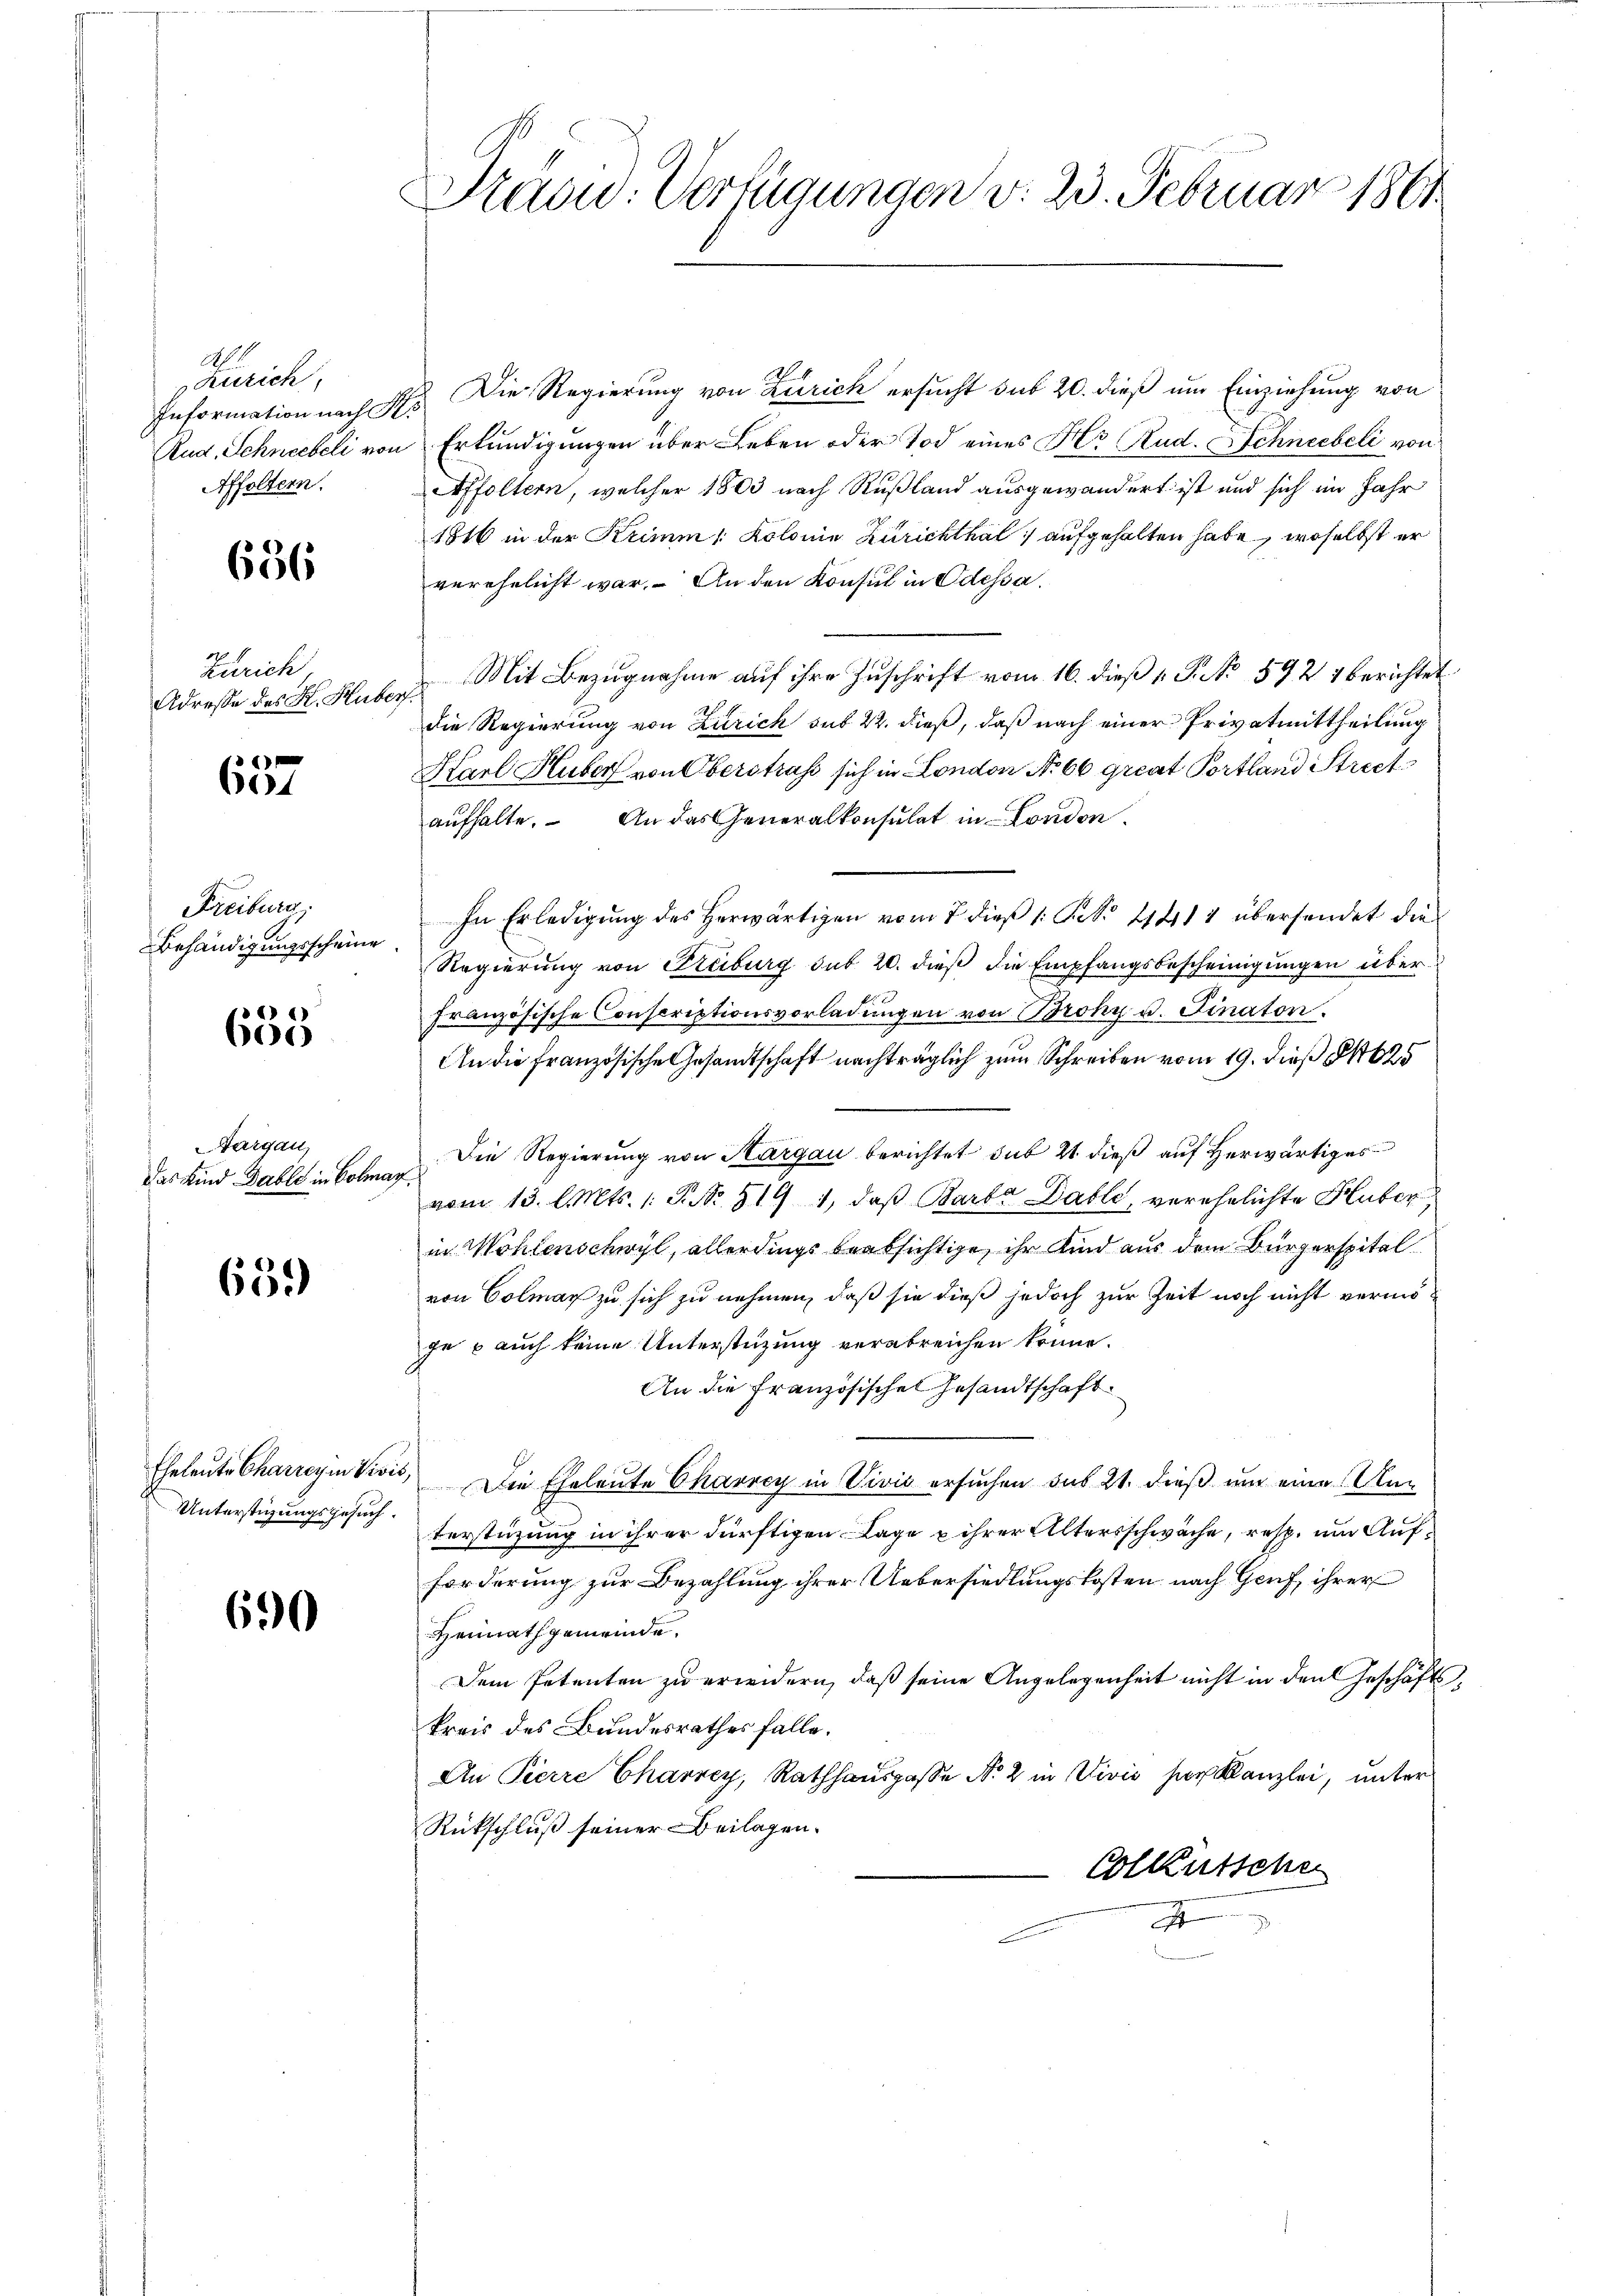
No. 1
Zürich,
Information nach Pes
Affoltern.

656

Zürich
Adresse des K. Huber

6
60

Freiburg.
Behändigungsscheine

685

Targau,
das Kind Gable in Colmar

659)

Unterstigungsgesuch.

690

Präsid. Verfügungen d. 23. Februar 1861.

4
Die Regierung von Zürich ersucht sub 20. dieß um Einziehung von
Rud, Schneebeli von Erkundigungen über Leben oder Tod eines Hr. Rud. Schneebeli von
Affoltern, welcher 1803 nach Rußland ausgewandert ist und sich im Jahr
1816 in der Krimm. Kolonie Zürichthal aufgehalten habe, woselbst er
verehelicht war. An den Konsul in Odessa.
Mit Bezugnahme auf ihre Zuschrift vom 16. dieß P. No 592 1 berichtet
die Regierung von Zürich sub 22. dieß, daß nach einer Privatmittheilung
Karl Huber von Oberstraf sich in London No 66 great Portland Strictaufhalte. An das Generalkonsulat in London.
In Erledigung des Herwärtigen vom 7 dieß 1 S. 21411 übersendet die
Regierung von Freiburg sub 20. dieß die Empfangsbescheinigungen über
französische Conscriptionsvorladungen von Broky u. Finator.
An die Französische Gesandtschaft nachträglich zum Schreiben vom 19. dieß Pb25
Die Regierung von Hargau berichtet sub 21. dieß auf Herwärtiges
vom 13. l. Mts. 1. P. Nr. 519 1, daβ Barba Datte, verehelichte Huber
in Wohlenschwyl, allerdings beabsichtige, ihr Kind aus dem Bürgerspital
von Colmar zu sich zu nehmen, daß sie dieß jedoch zur Zeit noch nicht vermöge – auch keine Unterstüzung verabreichen könne.
An die Französischen Gesandtschaft
Eheleute Charreyen Vivis, Die Eheleute Charrey in Vivis ersuchen das 21. dieß um eine Anterstüzung in ihrer dürftigen Lage u ihrer Altersschwäche, resp. um Aufforderung zur Bezahlung ihrer Uebersiedlungskosten nach Genf, ihrer
Heimathgemeinde.
Dem Petenten zu erwidern, daß seine Angelegenheit nicht in den Geschäftskreis des Bundesrathes falle.
An Pierre Charrey, Rathhauspasse No 2 in Vivis hier Kanzlei, unter
Rückschluß seiner Beilagen.
Colkutsche
A
x

3